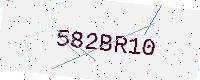
Text: 582BR10